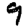
Digit: 9